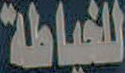
للخياطة